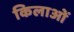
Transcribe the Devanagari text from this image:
किलाओं